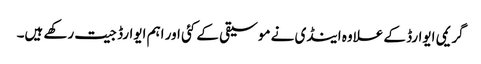
گریمی ایوارڈ کے علاوہ اینڈی نے موسیقی کے کئی اور اہم ایوارڈ جیت رکھے ہیں۔